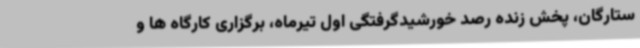
ستارگان، پخش زنده رصد خورشیدگرفتگی اول تیرماه، برگزاری کارگاه ها و